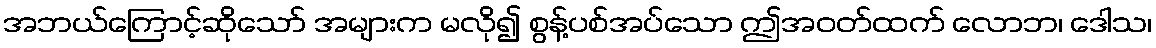
အဘယ်ကြောင့်ဆိုသော် အများက မလို၍ စွန့်ပစ်အပ်သော ဤအဝတ်ထက် လောဘ၊ ဒေါသ၊